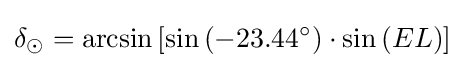
\delta _{\odot }=\arcsin \left[\sin \left(-23.44^{\circ }\right)\cdot \sin \left(EL\right)\right]